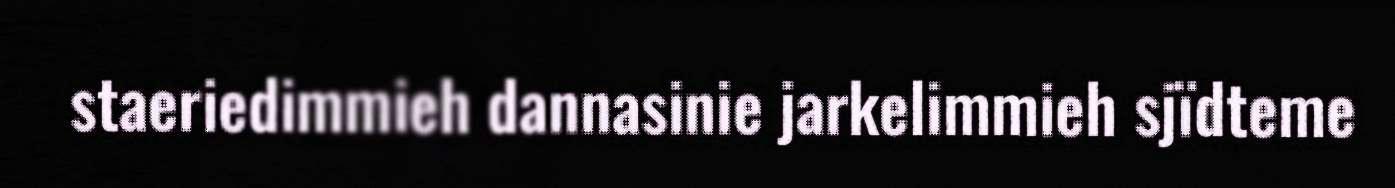
staeriedimmieh dannasinie jarkelimmieh sjïdteme